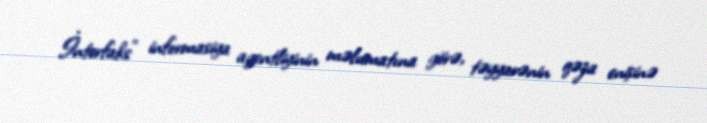
İnterfaks" informasiya agentliyinin məlumatına görə, təyyarənin qəza enişinə